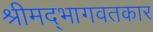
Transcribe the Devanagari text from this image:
श्रीमद्‌भागवतकार